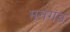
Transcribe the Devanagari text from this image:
मनगंड